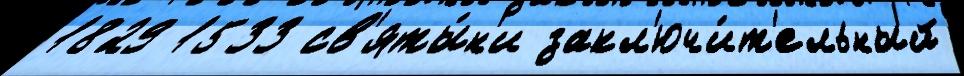
1829 1533 св'яты́н'и закл'ючи́т'ельный